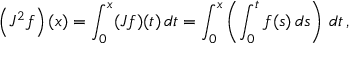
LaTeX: \left( J ^ { 2 } f \right) ( x ) = \int _ { 0 } ^ { x } ( J f ) ( t ) \, d t = \int _ { 0 } ^ { x } \left( \int _ { 0 } ^ { t } f ( s ) \, d s \right) \, d t \, ,